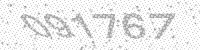
Solution: 091767